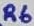
Text: R6